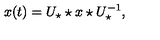
x ( t ) = U _ { \star } \star x \star U _ { \star } ^ { - 1 } ,